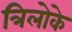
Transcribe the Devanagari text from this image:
त्रिलोके